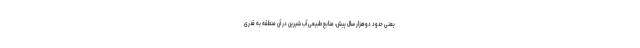
یعنی حدود دوهزار سال پیش، منابع طبیعیِ آب شیرین در آن منطقه به قدری